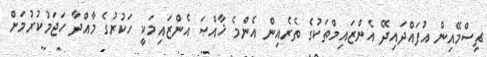
ޗިސްމޭއިން އުފައްދައިދޭ އެންޒައިމްތަކުގެ ތެރެއިން އެންމެ ޚާއްޞަ އެންޒައިމަކީ ހަކުރުގެ މާއްދާ ހަޖަމުކުރުމަށް